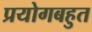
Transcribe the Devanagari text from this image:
प्रयोगबहुत